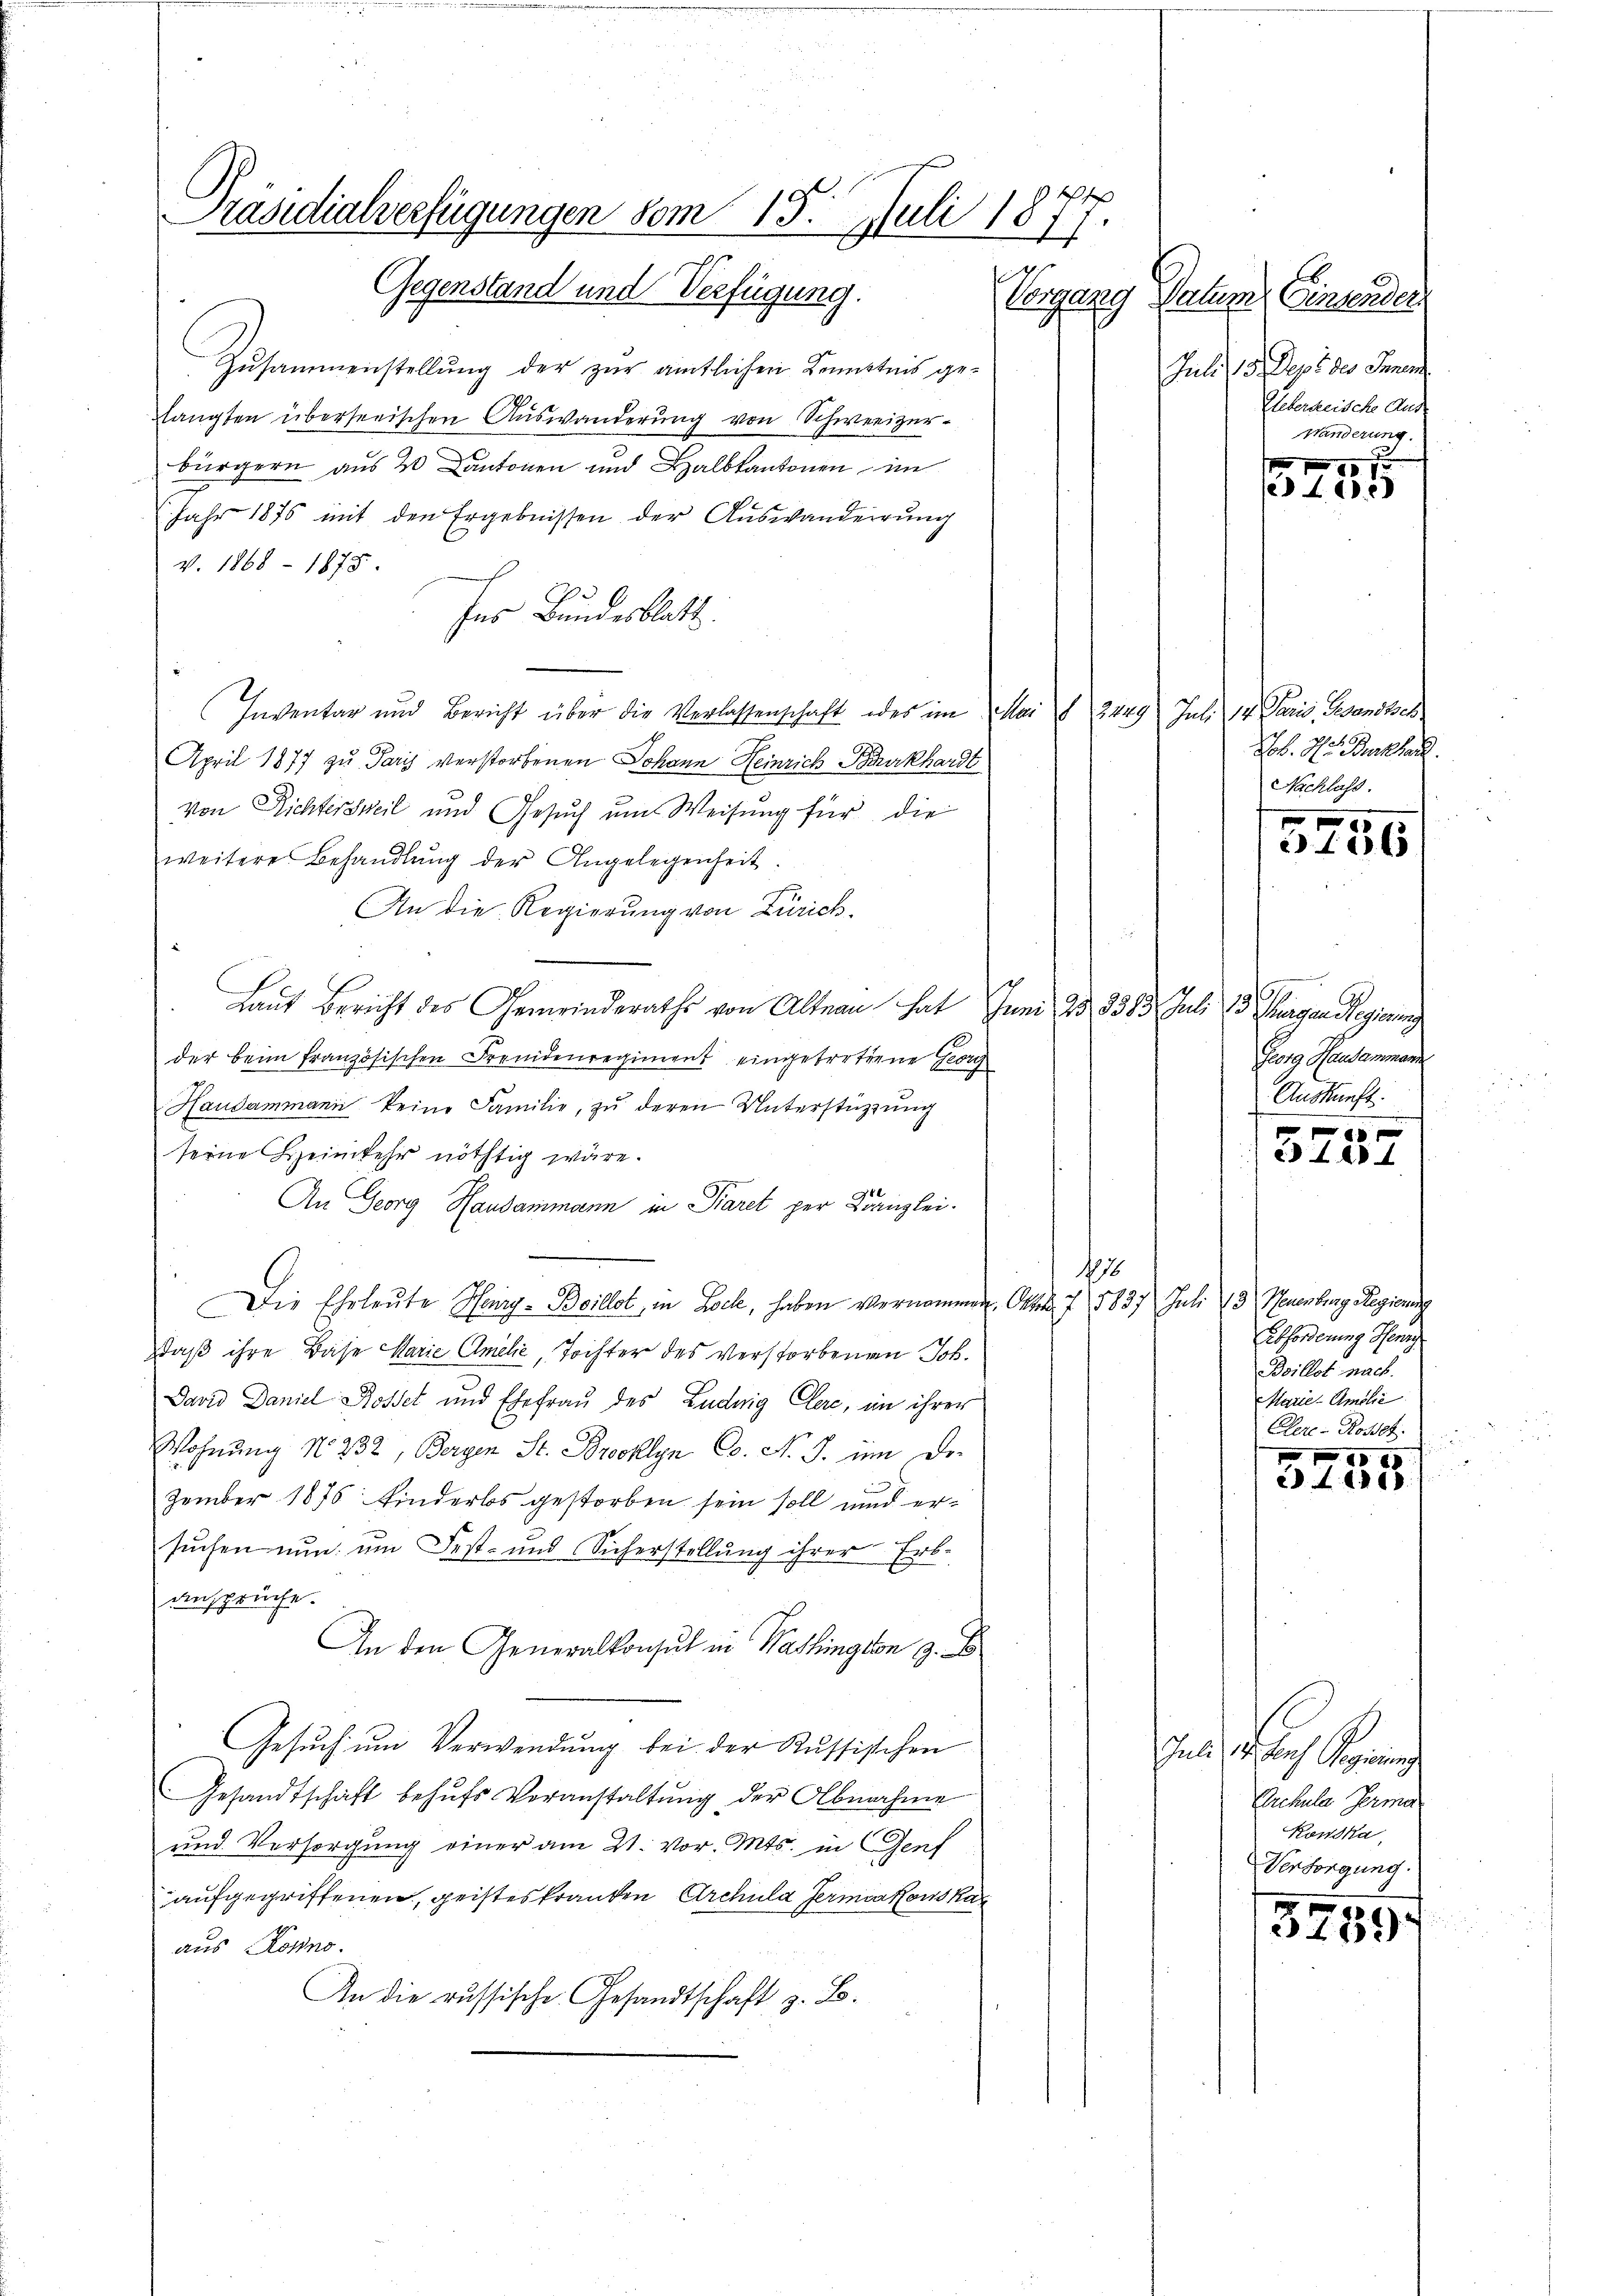
Präsidialverfügungen vom 15. Juli 1877.
Gegenstand und Verfügung. Vorgang Datum

Zusammenstellung der zur amtlichen Kenntnis gehängten überseeischen Auswanderung von Schweizerbürgern aus 20 Kantonen und Balbkantonen im
Jahr 1875 mit den Ergebnissen der Auswanderung
v. 1868 - 1875.
hes Bundesblatt.
Inventar und Bericht über die Verlassenschaft oder im Mai f 2229 Jul. v. Paris, Gesandtsch
April 1877 zu Paris verstorbenen Johann Heinrich Burkhardt
von Richtersweil und Gesuch um Weisung für die
weitere Behandlŭng der Angelegenheit.
An die Regierung von Zürich.
Laut Bericht des Gemeinderaths von Altnau hat Juni 25 2383. Juli 13. Chargen Regierung
der beim französischen Fremdenregiment eingetrettene Georg
Haudammann keine Familie, zŭ deren Unterstützŭng
serne Heimkehr nöthig wäre.
An Georg Handammann in Paret per Kanzlei.
178
Die Ehrleute Henry-Boillot, in Locke, haben vernommen, Otten 7. 1837 Juli 13, Neuenburg Regierung
Daß ihre Base Marie Amelić, Tochter des verstorbenen Joh.
David Daniel Rosset und Ehefrau des Luduig Cere, in ihrer
Wohnung N. 232, Bergen St. Brooklyn C. No. 9. um Dezember 1875 Kinderlos gestorben sein soll und ersuchen nun um Fest- und Sicherstellung ihrer Erb-
ansprüche.
An den Generalkonsul in Washington 3.
Gesŭch ŭm Verwendung bei der Russischen
Gesandtschaft behŭfs Veranstaltŭng der Abnahme
und Versorgung einer am 21. vor. Mts. in Genf
aufgegriffenen, geisteskranken Archula Germators Kan
aus Korno.
An die russische Gesandtschaft z. B.

Einsender
Juli 15. Sept der Finanz
Ueberheische Aus
Händerung

e 400

Jb. Hr. Burkhard.
Nachlass.

x
3156

Georg Handammand
Auskunft.

0 x
 4204

Abforderung Henry
Boillot nach.
Marie-Amolie
Cler-Roset

808
 4200.

hart
Arckula Germa
Kondka
Versorgung.

5739